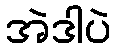
အဲဒါပဲ